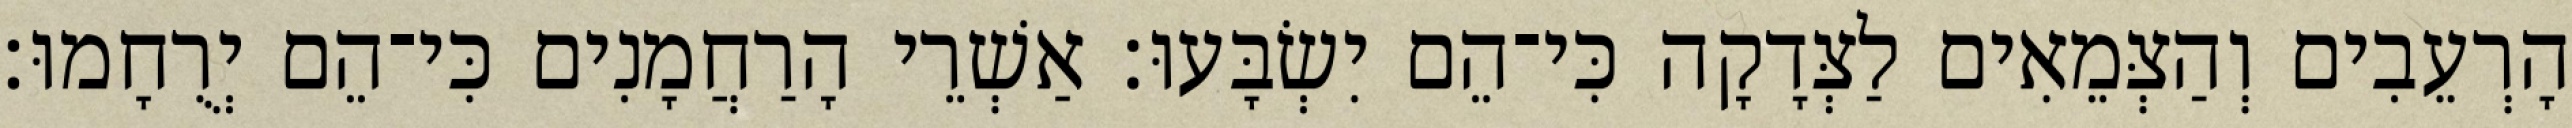
הָרְעֵבִים וְהַצְּמֵאִים לַצְּדָקָה כִּי־הֵם יִשְׂבָּעוּ׃ אַשְׁרֵי הָרַחֲמָנִים כִּי־הֵם יְרֻחָמוּ׃